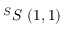
^ { S } S \ ( 1 , 1 )